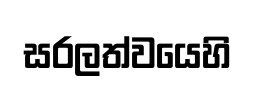
සරලත්වයෙහි